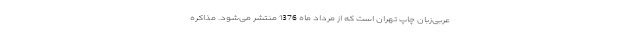
عربی‌زبان چاپ تهران است که از مرداد ماه 1376 منتشر می‌شود. مذاکره